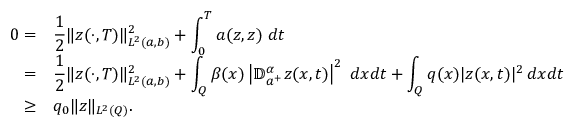
\begin{array} { r l } { 0 = } & { \displaystyle \frac 1 2 \| z ( \cdot , T ) \| _ { L ^ { 2 } ( a , b ) } ^ { 2 } + \int _ { 0 } ^ { T } a ( z , z ) \; d t } \\ { = } & { \displaystyle \frac 1 2 \| z ( \cdot , T ) \| _ { L ^ { 2 } ( a , b ) } ^ { 2 } + \int _ { Q } \beta ( x ) \left| \mathbb { D } _ { a ^ { + } } ^ { \alpha } z ( x , t ) \right| ^ { 2 } \; d x d t + \int _ { Q } q ( x ) | z ( x , t ) | ^ { 2 } \, d x d t } \\ { \geq } & { q _ { 0 } \| z \| _ { L ^ { 2 } ( Q ) } . } \end{array}